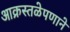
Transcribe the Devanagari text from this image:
आक्रस्तळेपणाने